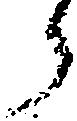
う